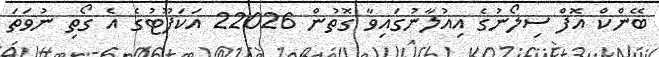
ބޭންކް އޮފް ސިލޯނުގެ އިއުލާނުގައިވާ ގޮތުން 22026 އަކަފޫޓުގެ އެ ގޯތި ނުވަތަ